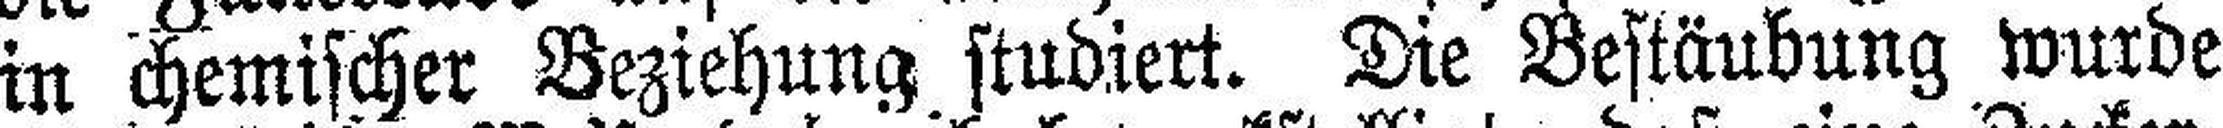
in chemischer Beziehung studiert. Die Bestäubung wurde